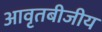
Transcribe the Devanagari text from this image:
आवृतबीजीय